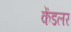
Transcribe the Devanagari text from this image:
केंडलर